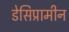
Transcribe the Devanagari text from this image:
डेसिप्रामीन